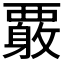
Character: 𲁍